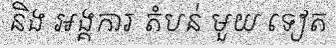
និង អង្គការ តំបន់ មួយ ទៀត